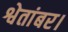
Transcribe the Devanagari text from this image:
श्वेतांबर।